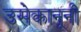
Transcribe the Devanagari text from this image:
उसेकानूनी